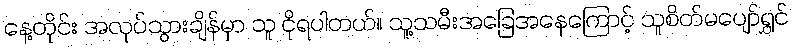
နေ့တိုင်း အလုပ်သွားချိန်မှာ သူ ငိုရပါတယ်။ သူ့သမီးအခြေအနေကြောင့် သူစိတ်မပျော်ရွှင်